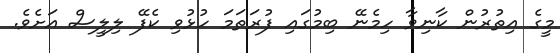
މީގެ އިތުރުން ކާނިވާ ހިމެނޭ ބިމުގައި ފުރަތަމަ ހުޅުވި ކެފޭ ލިލީސް އަށެވެ.